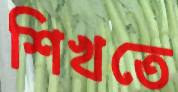
শিখতে